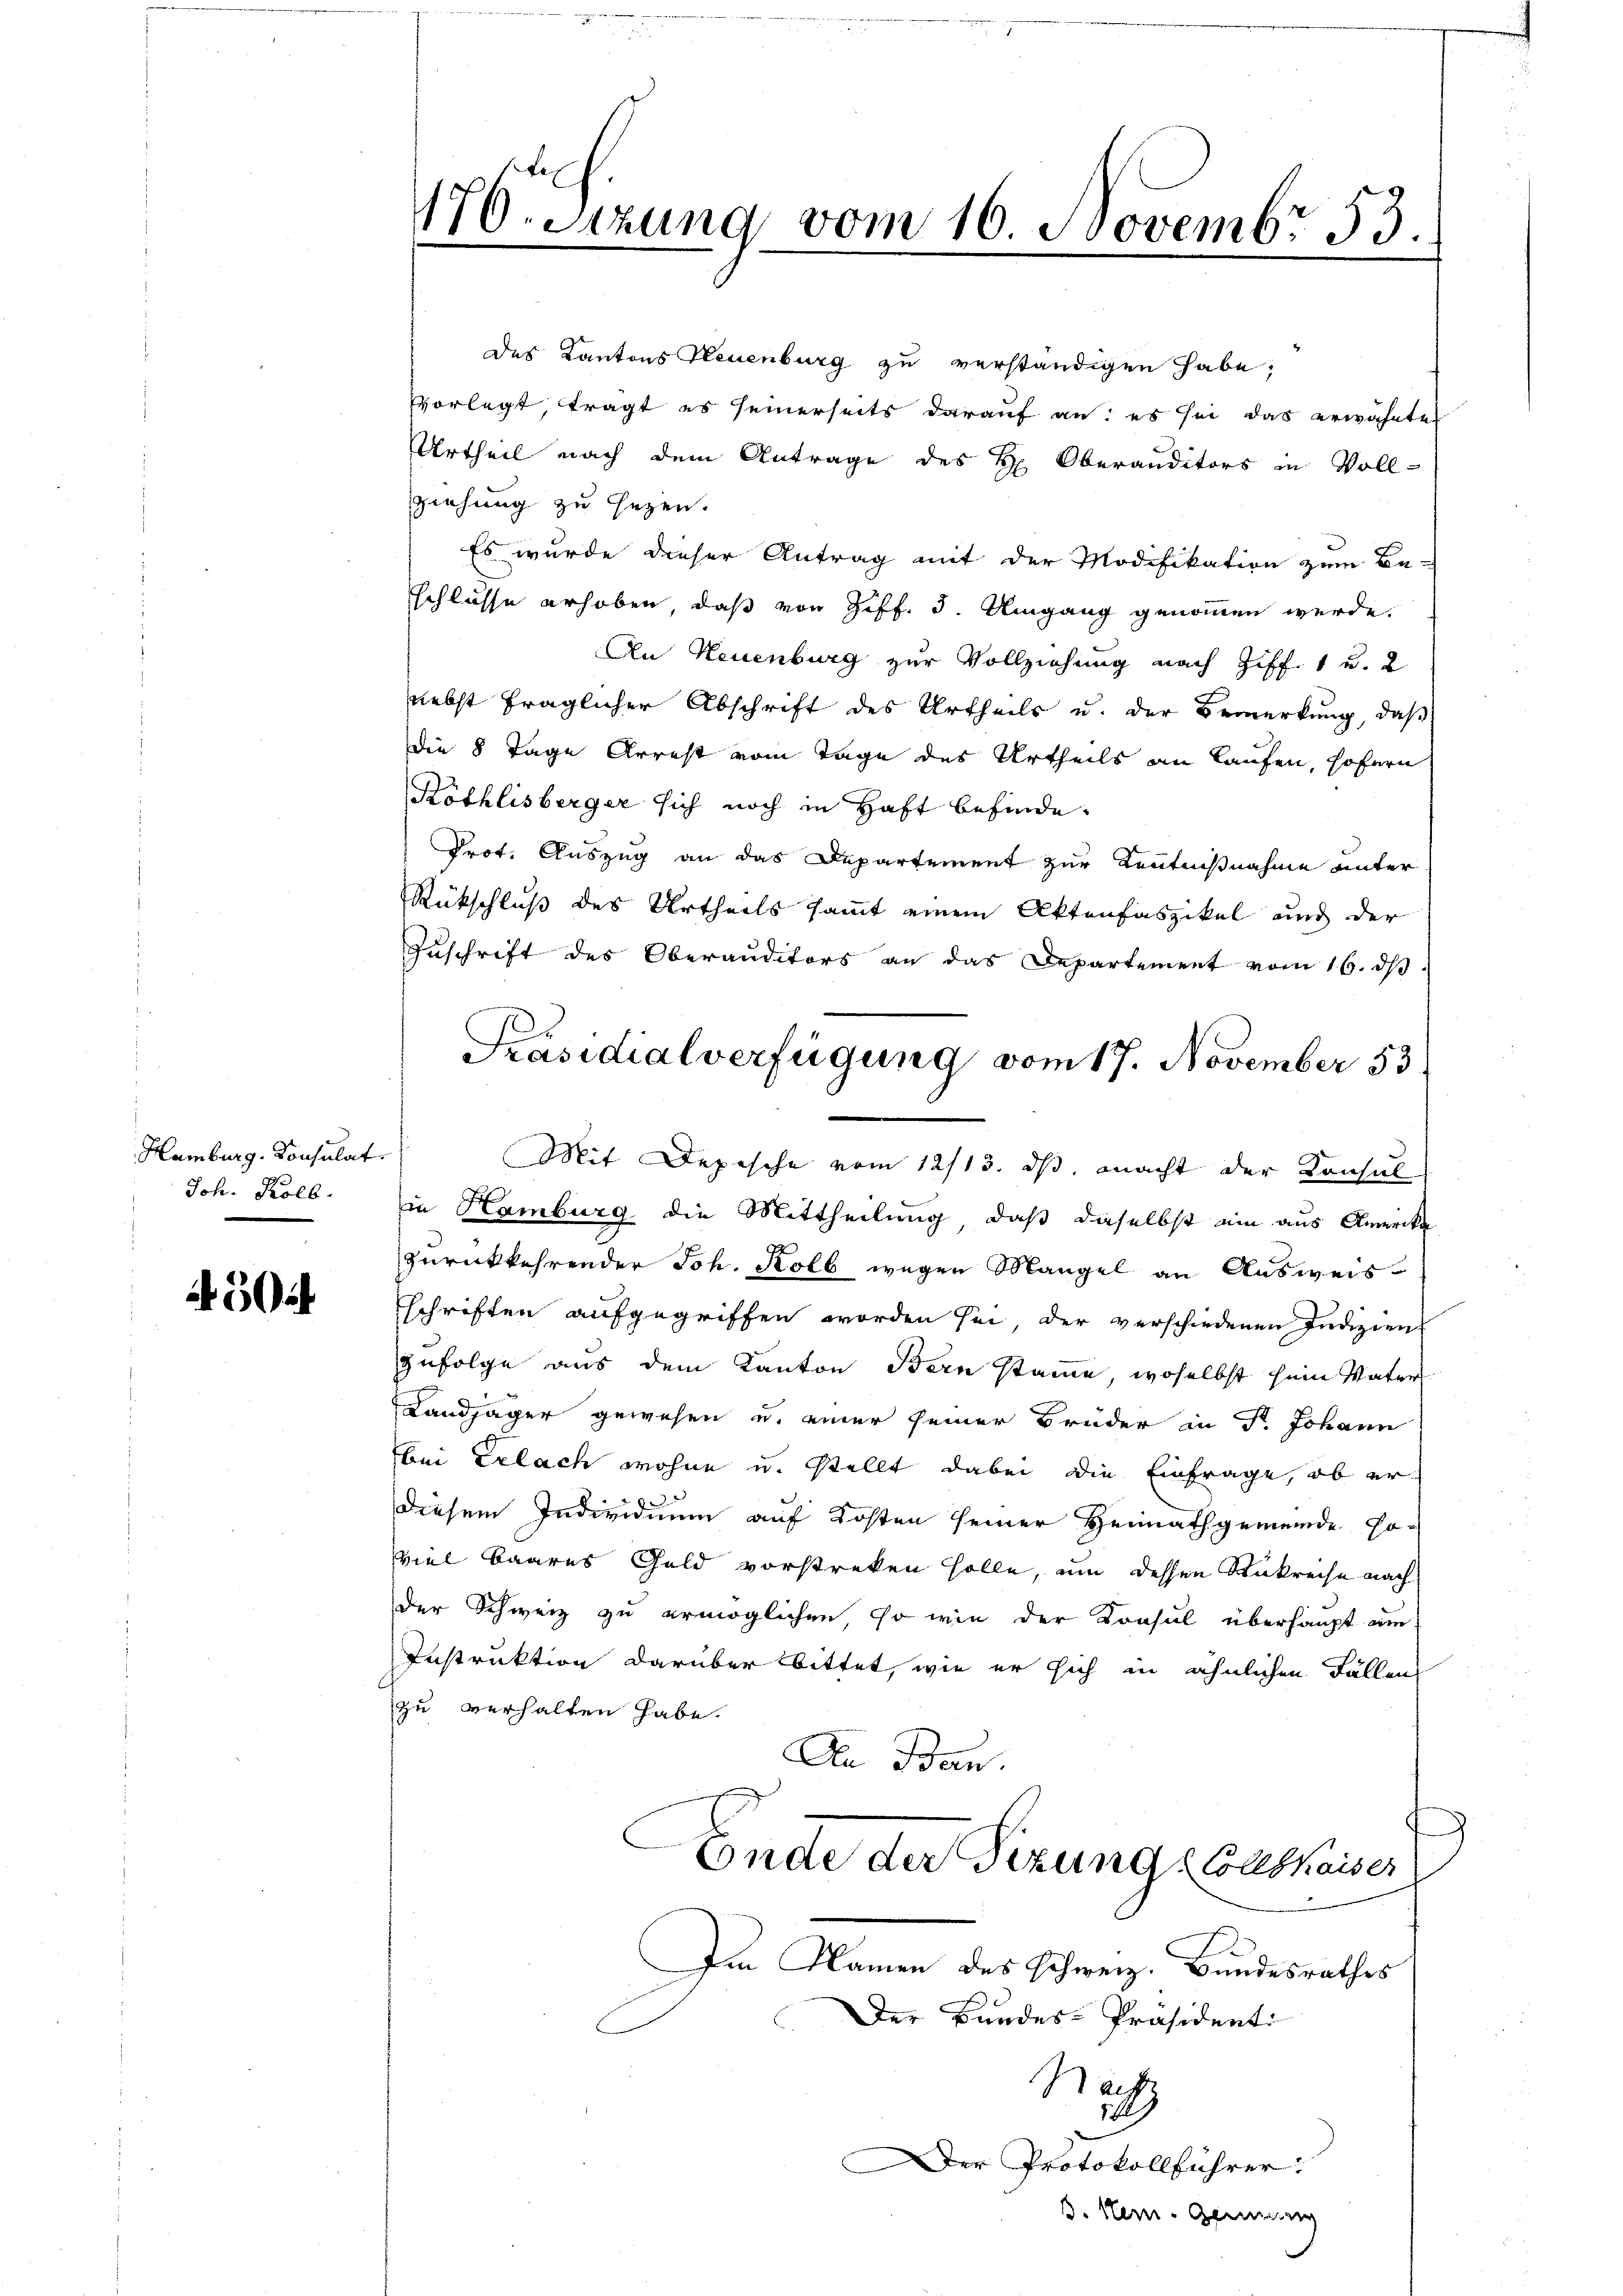
Hamburg. Konsulat
Joh. Kolb.

5

176. Sizung vom 16. Novembr 53.

des Kantons Neuenburg zu verständigen habe;
Vorlegt tragt es seinerseits darauf an: es sei das erwähnte
Urtheil nach dem Antrage des H. Oberanditors in Voll-
ziehung zu sezen.
Es wurde dieser Antrag mit der Modifikation zum Be-
schlusse erhoben, daß von Ziff. 3. Umgang genommen werde.
An Neuenburg zur Vollziehung nach Ziff. 1 u. 2
nebst fraglicher Abschrift des Urtheils u. der Bemerkung, daß
die 8 Tage Arrest vom Tage des Urtheils an Laufen, hofern
Köthlisberger sich noch in Haft befinde.
Prof. Auszug an das Departement zur Kenntnißnahme unter
Rückschluß des Urtheils sammt einem Aktenfaszikel und der
Zuschrift des Oberauditors an das Departement vom 16. dβ.
Mit Depesche vom 12/13. ds. macht der Konsul
in Hamburg die Mittheilung, daß daselbst ein aus Amerika
zurückkehrender Joh. Kolb wegen Mangel an Ausweis
schriften aufgegriffen worden sei, der verschiedenen Indizien
zufolge aus dem Kanton Bern stame, woselbst sein Vater
Landjäger gewesen u. einer seiner Brüder in Fr. Johann
bei Erlach wohne u. stellt dabei die Einfrage, ob erdiesem Individuum auf Kosten seiner Heimathgemeinde so-
viel Baares Geld vorstreken solle, um dessen Rükreise nach
der Schweiz zu ermöglichen so wie der Konsul überhaupt am
Instruktion darüber bittet, wie er sich in ähnlichen Fällen
zu verhalten habe.
An Bern.
Ende der Sizung Colle kaiser
Im Namen des Schweiz. Bundesrathes
Der Bundes-Präsidenti
Rachs
5
Der Protokollführer
B. Nein. Gemein

Präsidialverfügung vom 17. November 53